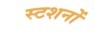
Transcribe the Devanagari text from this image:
स्टशनों